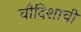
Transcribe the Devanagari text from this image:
चौदिशाची